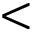
<